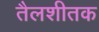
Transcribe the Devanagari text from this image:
तैलशीतक